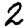
Digit: 2